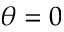
\theta = 0